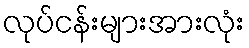
လုပ်ငန်းများအားလုံး